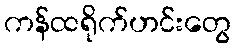
ကန်ထရိုက်ဟင်းတွေ